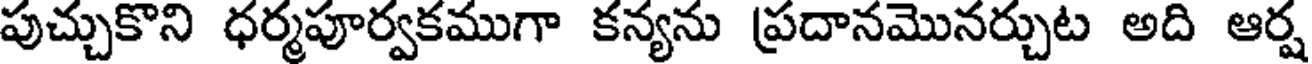
పుచ్చుకొని ధర్మపూర్వకముగా కన్యను ప్రదానమొనర్చుట అది ఆర్ష